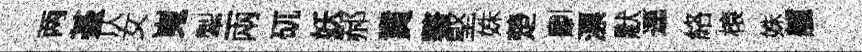
两䑓仄女嵬掣兩矹妖郝賁鳌堅姝楚劘漂默逕絡榱姝艫